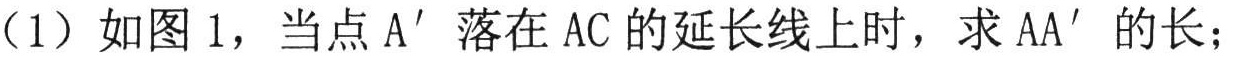
（1）如图 1，当点 \(A'\) 落在 \(AC\) 的延长线上时，求 \(AA'\) 的长；